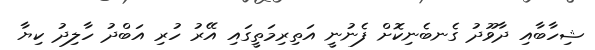
ޝިހާބާއި ދާވޫދު ގެނބެނިކޮށް ފެނުނީ އަތިރިމަތީގައި އޭރު ހުރި އަބްދު ހާލިދު ކިޔާ